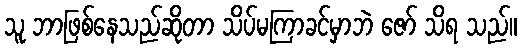
သူ ဘာဖြစ်နေသည်ဆိုတာ သိပ်မကြာခင်မှာဘဲ ဇော် သိရ သည်။